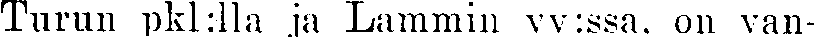
Turun pkl:lla ja Lammin vv:ssa, on van-